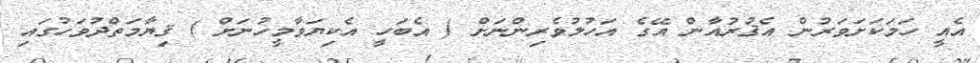
އެއީ ހަމަކަށަވަރުން އެޤުރުއާން އޭގެ އަހުލުވެރިންނަށް ( އެބަހީ އެކިޔަވާމީހުނަށް ) ޤިޔާމަތްދުވަހުގައި